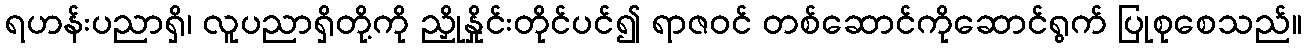
ရဟန်းပညာရှိ၊ လူပညာရှိတို့ကို ညှိုနှိုင်းတိုင်ပင်၍ ရာဇဝင် တစ်ဆောင်ကိုဆောင်ရွက် ပြုစုစေသည်။